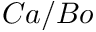
C a / B o